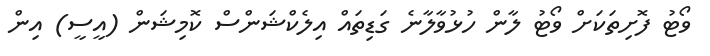
ވޯޓު ފޮށިތަކަށް ވޯޓު ލާން ހުޅުވާލާނެ ގަޑިތައް އިލެކްޝަންސް ކޮމިޝަން (އީސީ) އިން